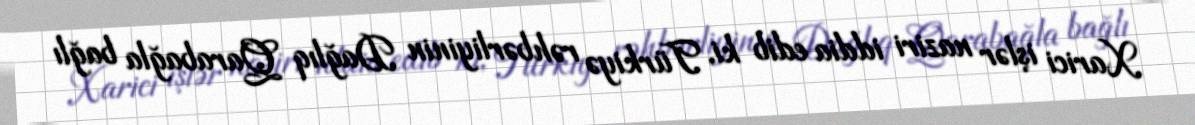
Xarici işlər naziri iddia edib ki, Türkiyə rəhbərliyinin Dağlıq Qarabağla bağlı